Civil Veterinary Dept. Bombay admin report 1932-41 - 1932-1941
Year: 1932
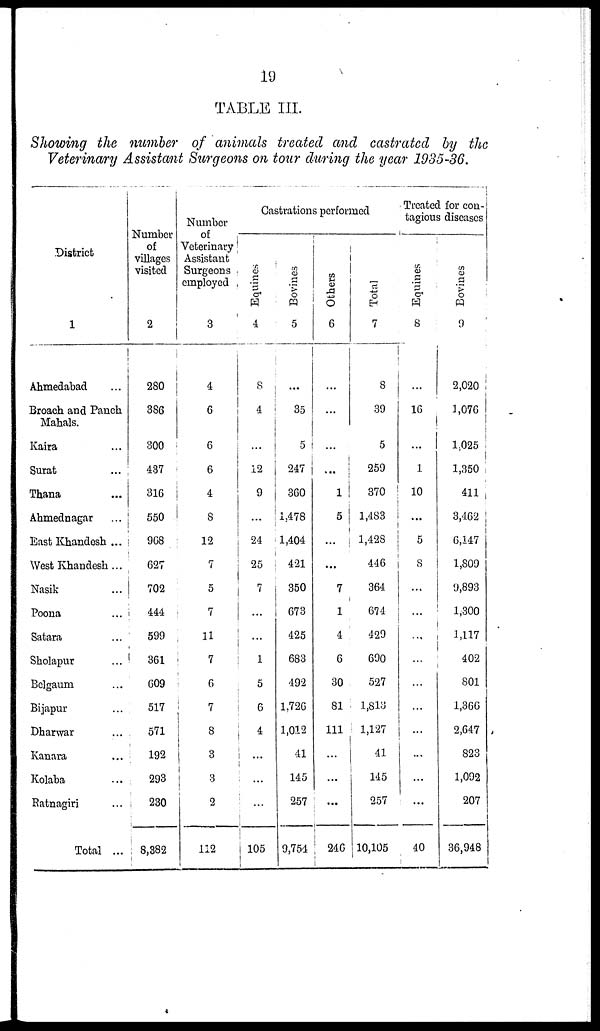
19
TABLE III
Showing the number of animals treated and castrated by the
Veterinary Assistant Surgeons on tour during the year 1935-36.
District
1
Ahmedabad ...
Broach and Panch
Mahals.
Kaira ...
Surat ...
Thana ...
Ahmednagar ...
East Khandesh ...
West Khandesh ...
Nasik ...
Poona ...
Satara ...
Sholapur ...
Belgaum ...
Bijapur ...
Dharwar ...
Kanara ...
Kolaba ...
Ratnagiri ...
Total ...
Number
of
villages
visited
2
280
386
300
437
316
550
908
627
702
444
599
361
609
517
571
192
293
230
8,382
Number
of
Veterinary
Assistant
Surgeons
employed
3
4
6
6
6
4
8
12
7
5
7
11
7
6
7
8
3
3
2
112
Castrations performed
Equines
4
8
4
...
12
9
...
24
25
7
...
...
1
5
6
4
...
...
...
105
Bovines
5
...
35
5
247
360
1,478
1,404
421
350
673
425
683
492
1,726
1,012
41
145
257
9,754
Others
6
...
...
...
...
1
5
...
...
7
1
4
6
30
81
111
...
...
...
246
Total
7
8
39
5
259
370
1,483
1,428
446
364
674
429
690
527
1,813
1,127
41
145
257
10,105
Treated for con-
tagious diseases
Equines
8
...
16
...
1
10
...
5
8
...
...
...
...
...
...
...
...
...
...
40
Bovines
9
2,020
1,076
1,025
1,350
411
3,462
6,147
1,809
9,893
1,300
1,117
402
801
1,366
2,647
823
1,092
207
36,948